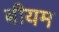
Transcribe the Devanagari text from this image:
बीयम